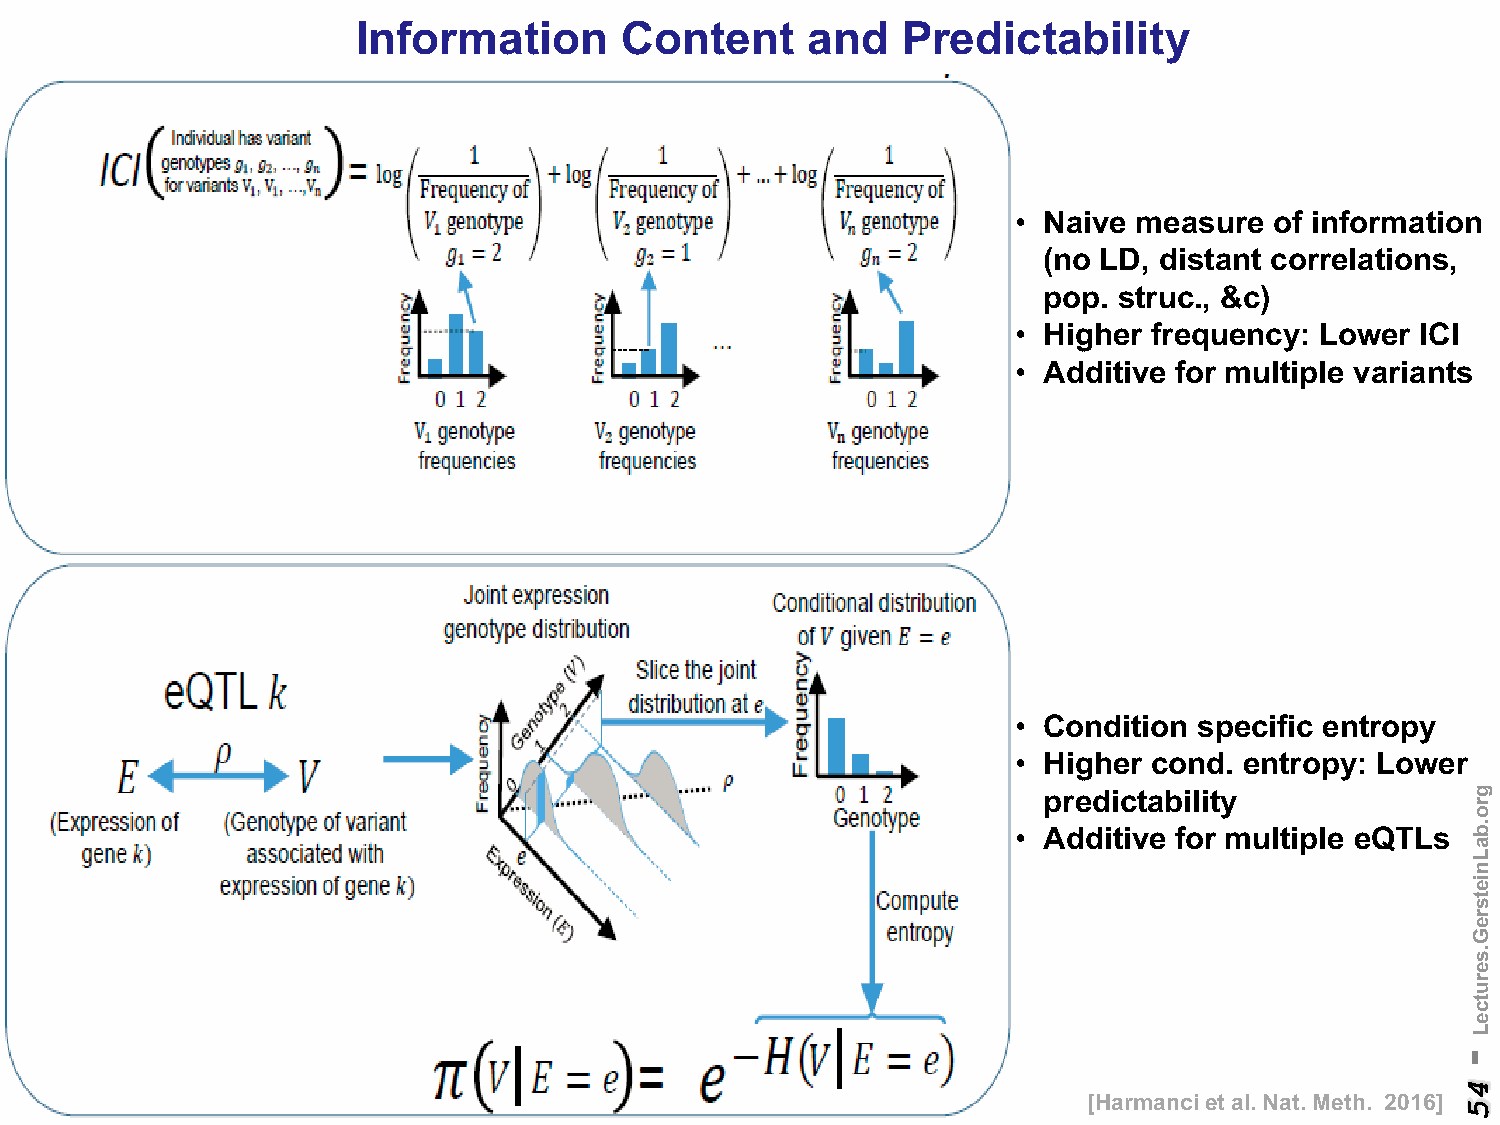
Information      Content     and    Predictability
 • Naive measure  of information
 (no LD, distant correlations,
 pop. struc., &c)
 • Higher frequency: Lower  ICI
 • Additive for multiple variants
 • Condition specific entropy
 • Higher cond. entropy: Lower
 predictability
 • Additive for multiple eQTLs
 [Harmanciet al. Nat. Meth. 2016]
 -
 45
 gro.baLnietsreG.serutceL